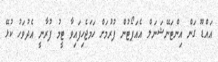
އައްޑޫ ގަން އިންޓަނޭޝަނަލް އެއަޕޯޓުން ފުރުމަށް ހަމަޖެހިފައިވާ ޓީމު ފުރާނީ އެދުވަހު ކުޅޭ